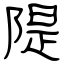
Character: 隄